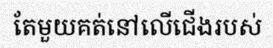
តែមួយគត់នៅលើជើងរបស់